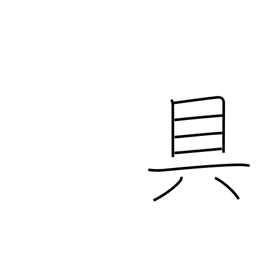
Meaning: means